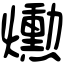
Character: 𤑛